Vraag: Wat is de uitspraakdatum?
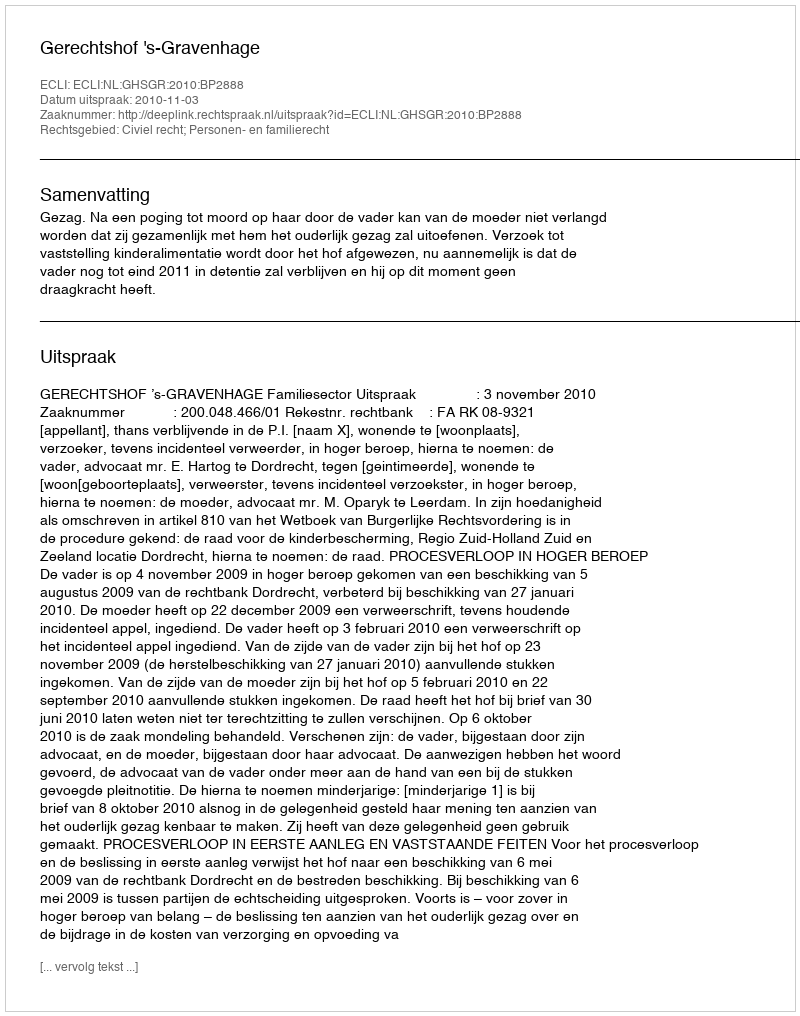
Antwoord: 2010-11-03